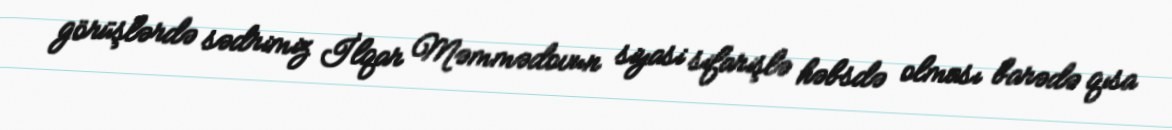
görüşlərdə sədrimiz İlqar Məmmədovun siyasi sifarişlə həbsdə olması barədə qısa